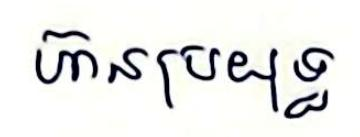
ហ៊ានប្រយុទ្ធ